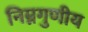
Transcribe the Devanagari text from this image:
निम्नगुणीय